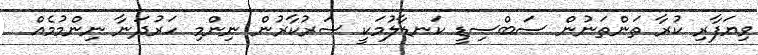
ވިޔަފާރި ކުރާ ތަންތަނުން ސަބްސިޑީ ކަނޑާލުމަކީ ސަރުކާރުން ނިންމި ހަރުދަނާ ނިންމުމެއް